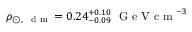
\rho _ { \odot , \, \mathrm { ~ \scriptsize ~ d ~ m ~ } } = 0 . 2 4 _ { - 0 . 0 9 } ^ { + 0 . 1 0 } ~ \mathrm { ~ G ~ e ~ V ~ c ~ m ~ } ^ { - 3 }